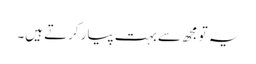
یہ تو مجھ سے بہت پیار کرتے ہیں۔